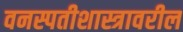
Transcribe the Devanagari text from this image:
वनस्पतीशास्त्रावरील